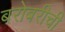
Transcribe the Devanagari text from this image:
बरोबरीची